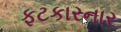
ફટકારનાર